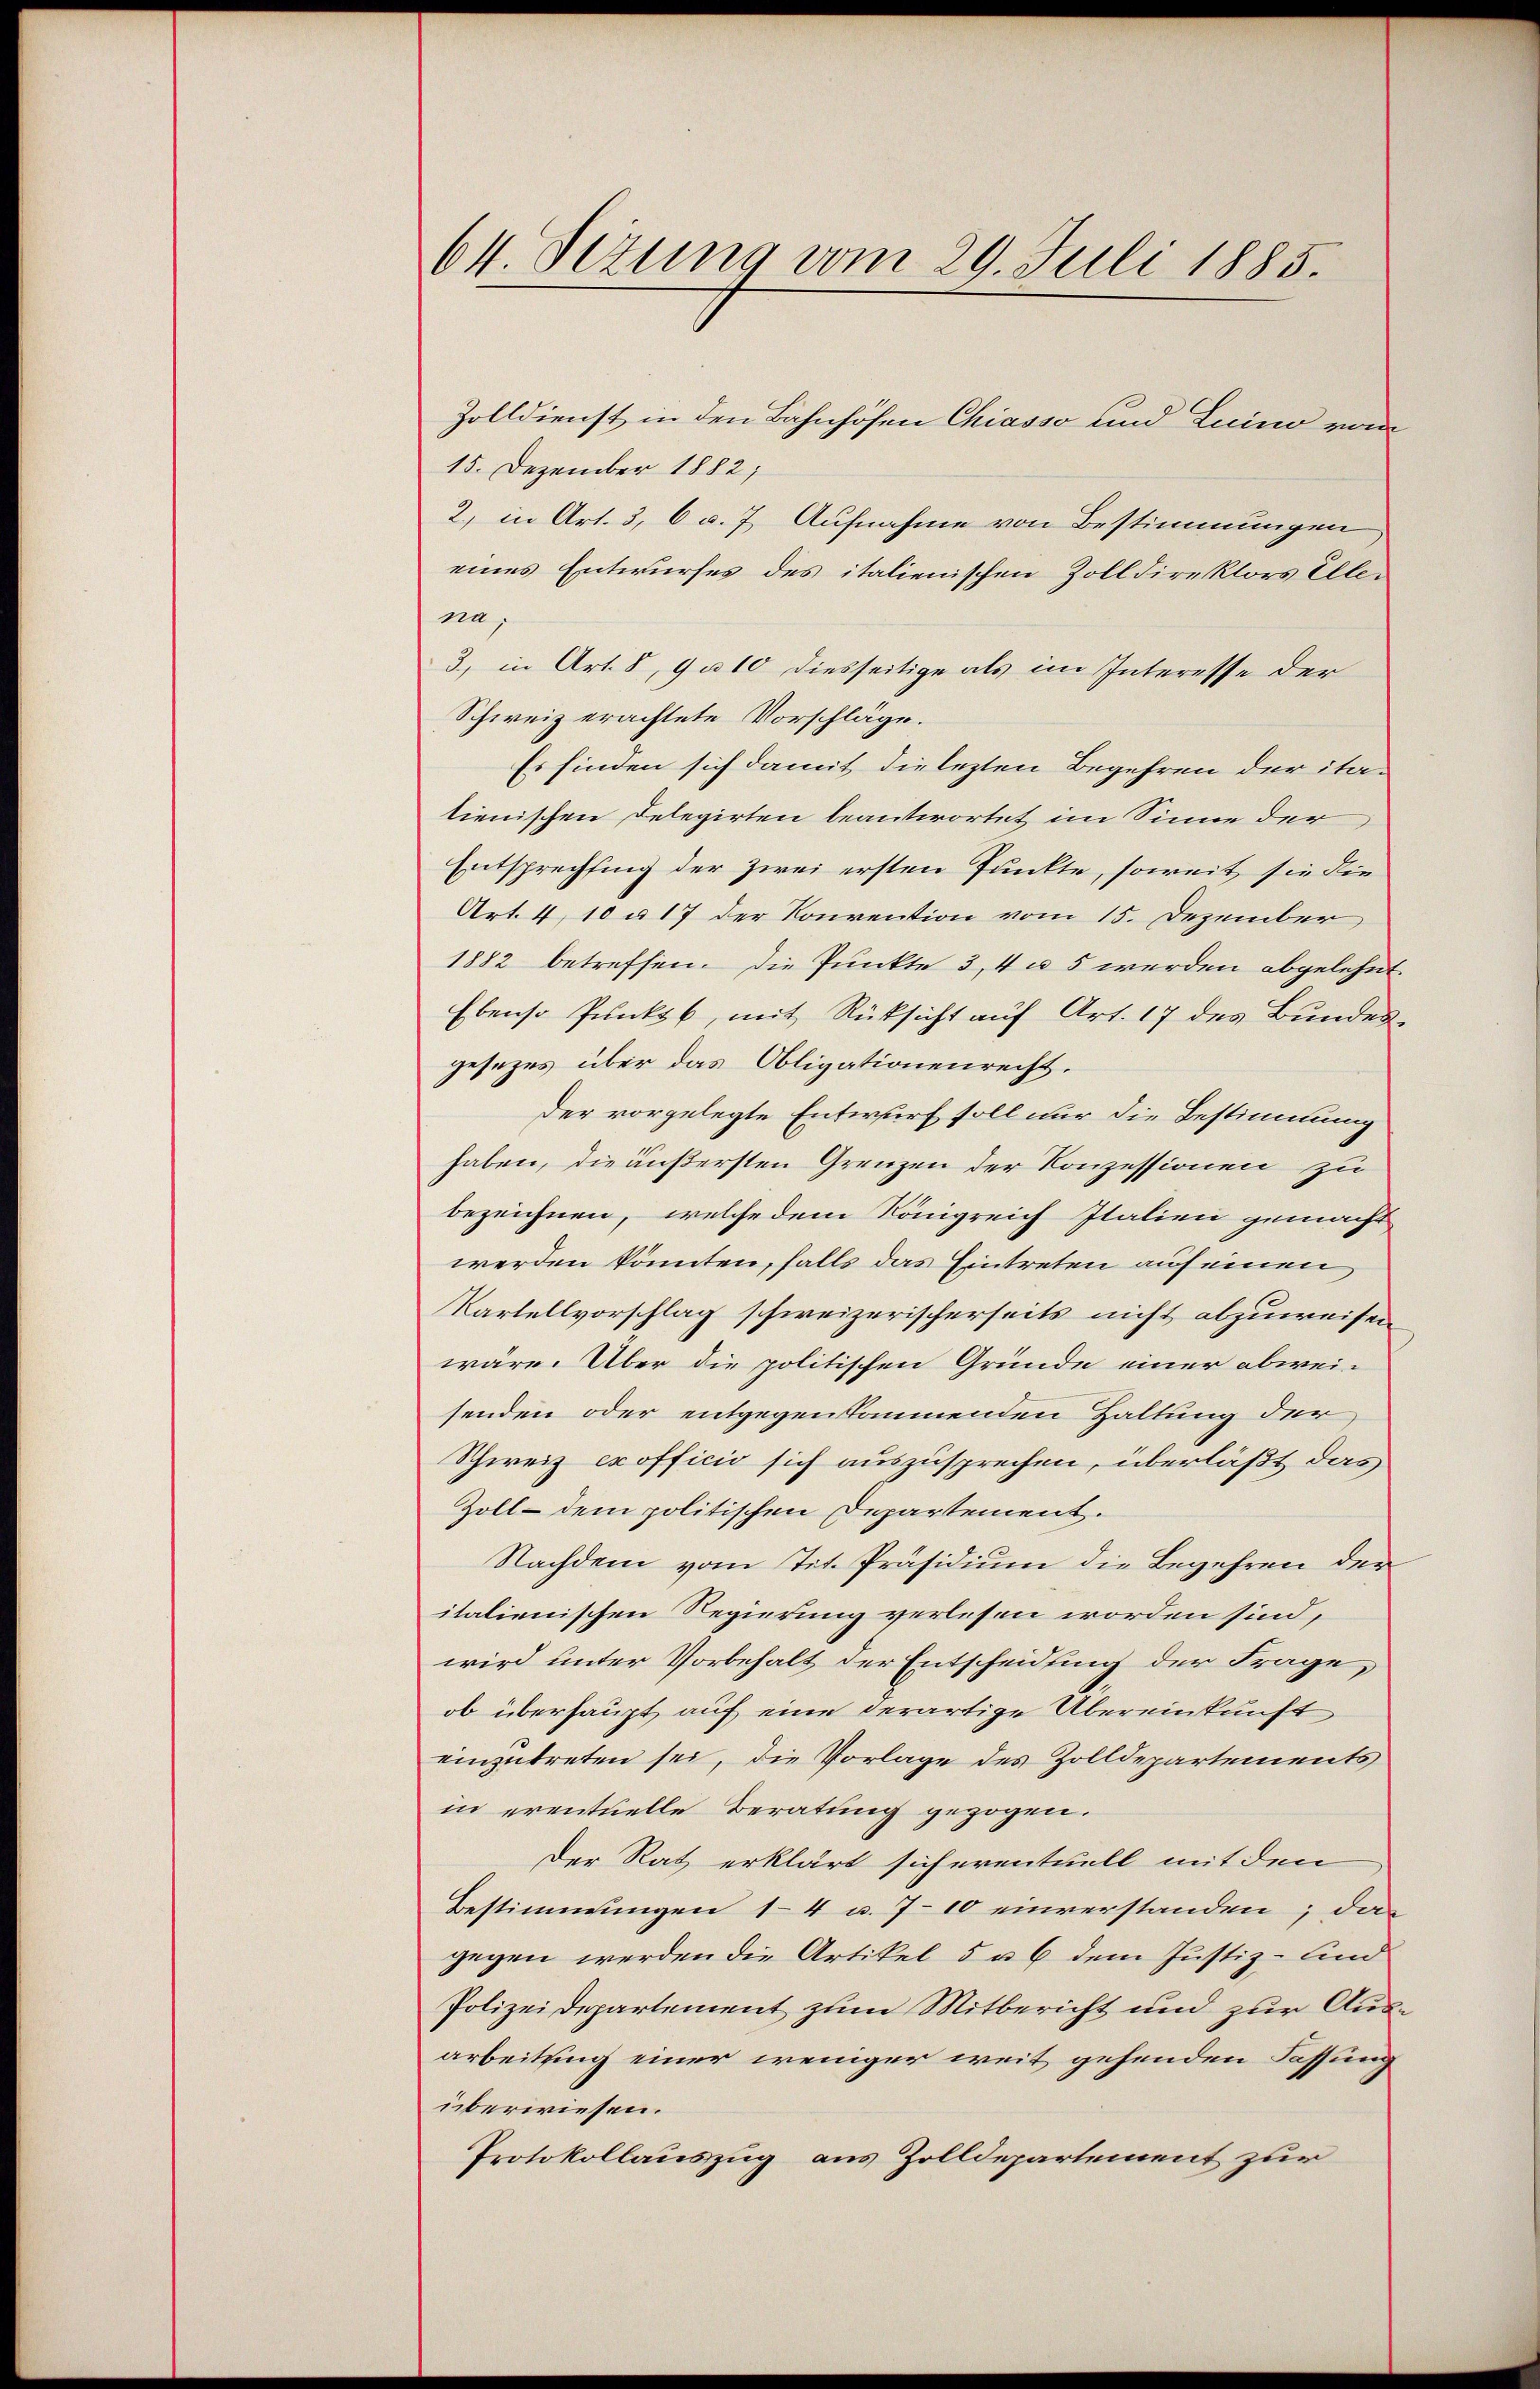
64. Sezung vom 29. Juli 1885.

Zolldienst in den Bahnhöfen Chiasso und Luino vom
15. Dezember 1882,
2, in Art. 3, 6 u. 7. Aufnahme von Bestimmungen
eines Entwurfes des italienischen Zolldirektors Ellena,
3, in Art. 8, 9 u 10 diesseitige als im Interesse der
Schweiz erachtete Vorschläge.
Es finden sich damit die lezten Begehren der italienischen Delegirten beantwortet im Sinne der
Entsprechtung der zwei ersten Punkte, soweit, sie die
Art. 4, 10 a 17 der Konvention vom 15. Dezember
1882 betreffen. Die Punkte 3, 4 u. 5 werden abgelehnt
Ebenso Punkt b, mit Rüksicht auf Art. 17 des Bundesgesezes über das Obligationenrecht.
Der vorgelegte Entwurf soll nur die Bestimmung
haben, die äußersten Grenzen der Konzessionen zu
bezeichnen, welche dem Königreich Italien gemacht
werden könnten, falls das Eintreten auf einen
Kartellvorschlag schweizerischerseits nicht abzuweisen
wäre. Aber die politischen Gründe einer abweisenden oder entgegenstaunenden Haltung der
Schweiz exofficio sich auszusprechen, überläßt das
Zoll - dem politischen Departement.
Nachdem vom Tit. Präsidium die Begehren der
italienischen Regierung verlesen worden sind,
wird unter Vorbehalt der Entscheidung der Frage,
ob überhaupt, auf eine derartige Übereinkunft
einzutreten sei, die Vorlage des Zolldepartements
in eventuelle Beratung gezogen.
Der Rat erklärt sich eventuell mit den
Bestimmungen 14 u. 710 einverstanden; das
gegen werden die Artikel 5 u. 6 dem Justiz-Kind
Polizeidepartement zum Mitbericht und zur Ausarbeitung einer weniger weit gehenden Fassung
überwiesen.
Protokollauszug aus Zolldepartement zur